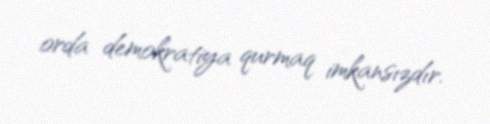
orda demokratiya qurmaq imkansızdır.